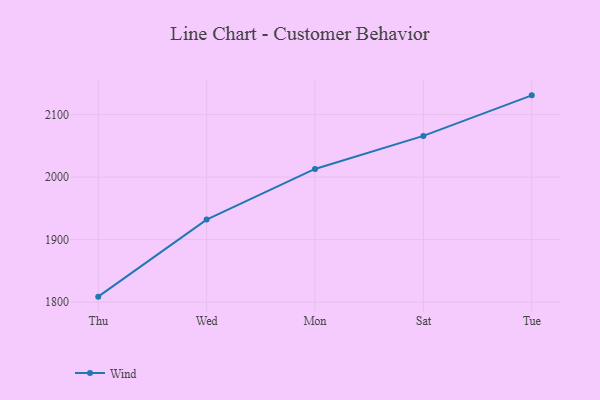
{"axis": {"x": "Day", "y": "Conversion Rate (%)"}, "legend": ["Wind"], "data": [{"x": "Thu", "y": 1808.7, "type": "Wind"}, {"x": "Wed", "y": 1932.0, "type": "Wind"}, {"x": "Mon", "y": 2013.1, "type": "Wind"}, {"x": "Sat", "y": 2066.0, "type": "Wind"}, {"x": "Tue", "y": 2130.9, "type": "Wind"}]}